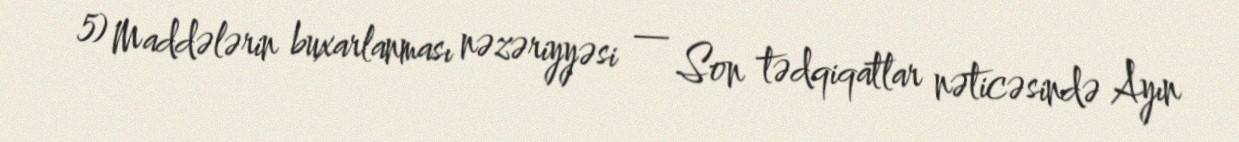
5) Maddələrin buxarlanması nəzəriyyəsi — Son tədqiqatlar nəticəsində Ayın